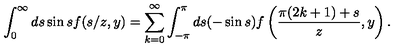
\int _ { 0 } ^ { \infty } d s \sin s f ( s / z , y ) = \sum _ { k = 0 } ^ { \infty } \int _ { - \pi } ^ { \pi } d s ( - \sin s ) f \left( \frac { \pi ( 2 k + 1 ) + s } z , y \right) .